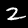
Digit: 2